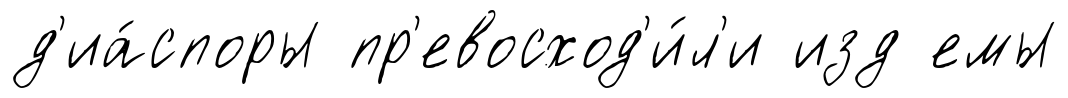
д'иа́споры пр'евосход'и́л'и изд емы